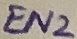
Text: EN2